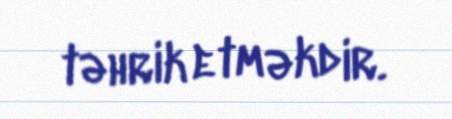
təhrik etməkdir.